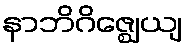
နာဘိဂိဇ္ဈေယျ